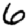
Digit: 6